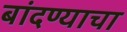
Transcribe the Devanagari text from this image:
बांदण्याचा